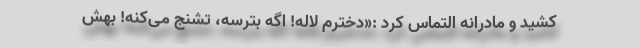
کشید و مادرانه التماس کرد :«دخترم لاله! اگه بترسه، تشنج می‌کنه! بهش